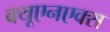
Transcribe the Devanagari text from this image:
क्यूएनएक्स